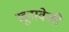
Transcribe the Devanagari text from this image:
खूनावेळी